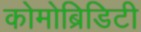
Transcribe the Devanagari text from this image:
कोमोब्रिडिटी